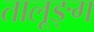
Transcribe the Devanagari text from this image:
तालूङ्ग